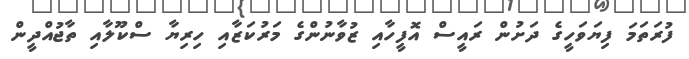
ފުރަތަމަ ފިޔަވަހީގެ ދަށުން ރައީސް އޮފީހާއި ޒުވާނުންގެ މަރުކަޒާއި ހިރިޔާ ސްކޫލާއި ތާޖުއްދީން